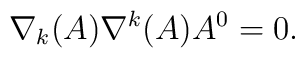
\nabla_{k}(A)\nabla^{k}(A) A^{0} = 0.